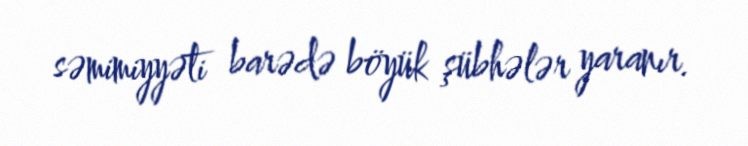
səmimiyyəti barədə böyük şübhələr yaranır.